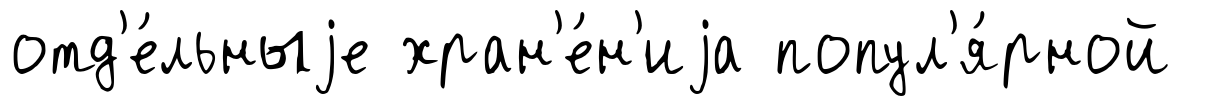
отд'е́льныjе хран'е́н'иjа попул'я́рной